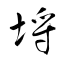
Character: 埒